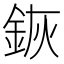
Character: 𨦗